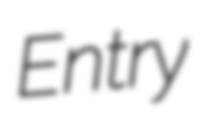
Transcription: Entry